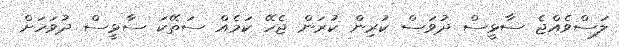
ލަސްވެއްޖެ ސާޅީސް ދުވަސް ކުރިން ކުރަން ޖެހޭ ކަމެއް ސަތޭކަ ސާޅީސް ދުވަހަށް